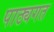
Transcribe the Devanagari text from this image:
पाठ्यगत